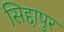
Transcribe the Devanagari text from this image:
सिद्दापुर